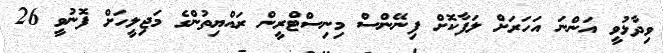
ވިދާޅުވީ އަންނަ އަހަރަށް ލަފާކޮށް ފިނޭންސް މިނިސްޓްރީން ރައްޔިތުންގެ މަޖިލީހަށް ފޮނުވީ 26